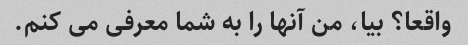
واقعا؟ بیا، من آنها را به شما معرفی می کنم.